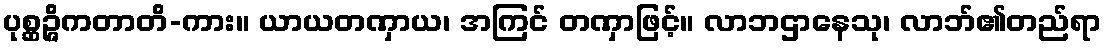
ပုစ္ဆဉ္ဇိကတာတိ-ကား။ ယာယတဏှာယ၊ အကြင် တဏှာဖြင့်။ လာဘဌာနေသု၊ လာဘ်၏တည်ရာ